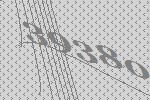
39380